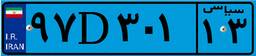
۹۷D۳۰۱۱۳